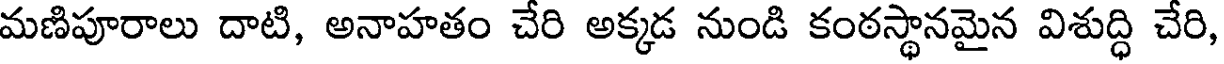
మణిపూరాలు దాటి, అనాహతం చేరి అక్కడ నుండి కంఠస్థానమైన విశుద్ధి చేరి,